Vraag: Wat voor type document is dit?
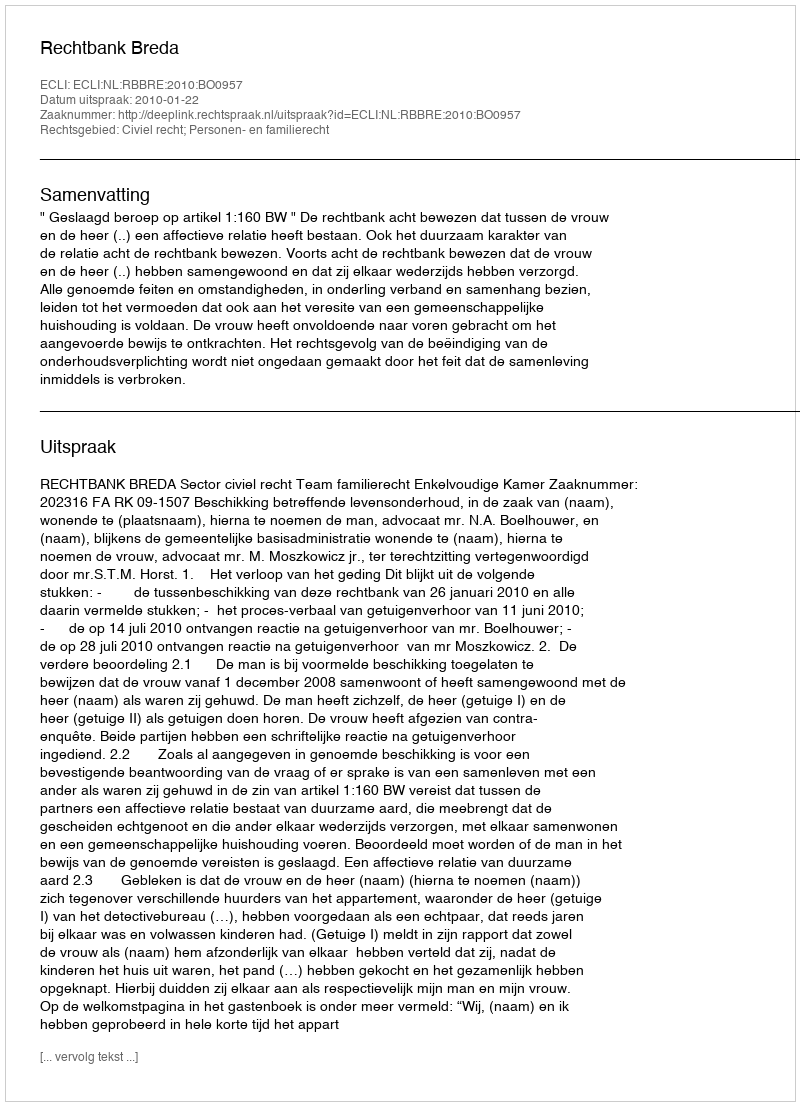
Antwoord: Uitspraak